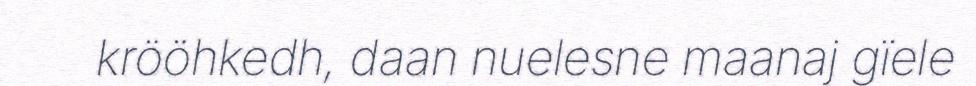
krööhkedh, daan nuelesne maanaj gïele